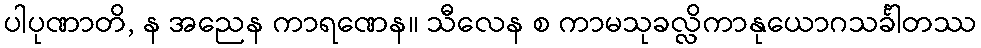
ပါပုဏာတိ, န အညေန ကာရဏေန။ သီလေန စ ကာမသုခလ္လိကာနုယောဂသင်္ခါတဿ